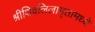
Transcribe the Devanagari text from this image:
श्रीशिवलिलामृतामध्ये